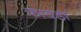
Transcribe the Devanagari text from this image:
फावडा